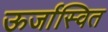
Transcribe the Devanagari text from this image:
ऊर्जास्वित